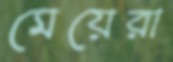
মেয়েরা